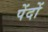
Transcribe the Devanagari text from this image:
पेंदों